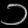
Digit: ၁